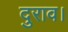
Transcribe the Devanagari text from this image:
दुराव।